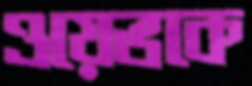
ওয়েভকে